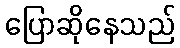
ပြောဆိုနေသည်